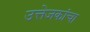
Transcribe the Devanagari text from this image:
उत्तेजकांचा